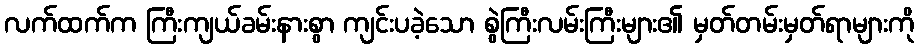
လက်ထက်က ကြီးကျယ်ခမ်းနားစွာ ကျင်းပခဲ့သော စွဲကြီးလမ်းကြီးများ၏ မှတ်တမ်းမှတ်ရာများကို